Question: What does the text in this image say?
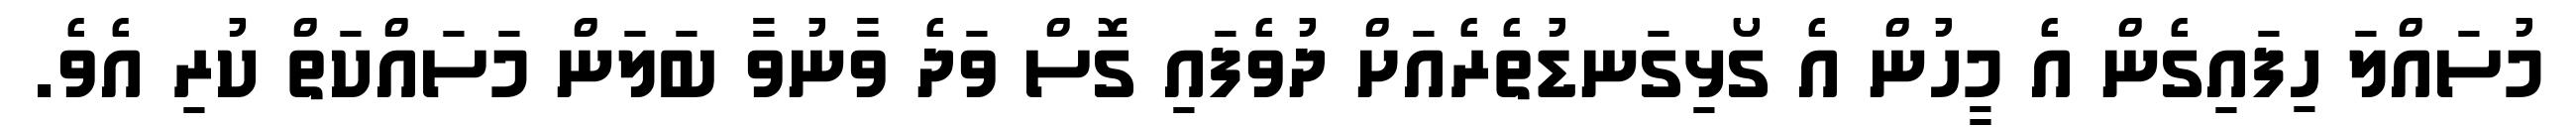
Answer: މުސައްލަ ހިފައިގެން އެ މީހުން އެ ގޯޅިގަނޑުތެރެއަށް ދުވެފައި ގޮސް ވަދެ ވާނުވާ ބަލަން މަސައްކަތް ކުރި އެވެ.